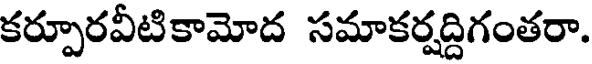
కర్పూరవీటికామోద సమాకర్షద్దిగంతరా.